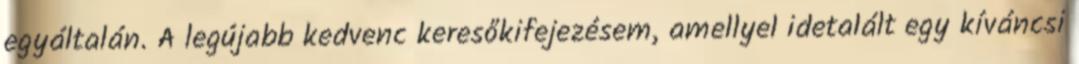
egyáltalán. A legújabb kedvenc keresőkifejezésem, amellyel idetalált egy kíváncsi